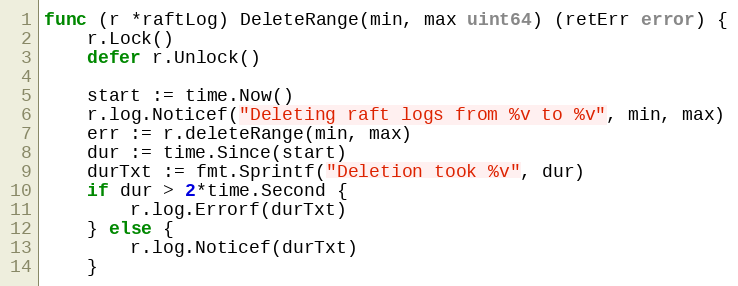
Language: Go
func (r *raftLog) DeleteRange(min, max uint64) (retErr error) {
	r.Lock()
	defer r.Unlock()

	start := time.Now()
	r.log.Noticef("Deleting raft logs from %v to %v", min, max)
	err := r.deleteRange(min, max)
	dur := time.Since(start)
	durTxt := fmt.Sprintf("Deletion took %v", dur)
	if dur > 2*time.Second {
		r.log.Errorf(durTxt)
	} else {
		r.log.Noticef(durTxt)
	}